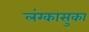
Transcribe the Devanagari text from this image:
लंग्कासुका